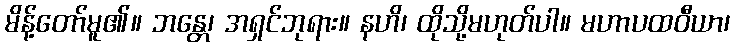
မိန့်တော်မူ၏။ ဘန္တေ၊ အရှင်ဘုရား။ နဟိ၊ ထိုသို့မဟုတ်ပါ။ မဟာပထဝီယာ၊